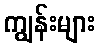
ကျွန်းများ